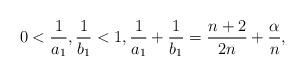
LaTeX: \begin{align*}0<\frac1{a_1},\frac1{b_1}<1, \frac1{a_1}+\frac1{b_1}=\frac{n+2}{2n}+\frac{\alpha}{n},\end{align*}